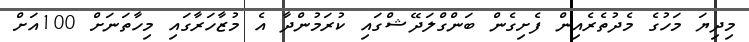
މިދިޔަ މަހުގެ މެދުތެރެއިން ފެށިގެން ބަންގްލަދޭޝްގައި ކުރަމުންދާ އެ މުޒާހަރާގައި މިހާތަނަށް 100އަށް